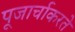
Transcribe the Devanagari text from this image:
पूजार्चाकरते